Bulletin of the Pasteur Institute of Southern India, Coonoor - No. 3.
Year: 1910
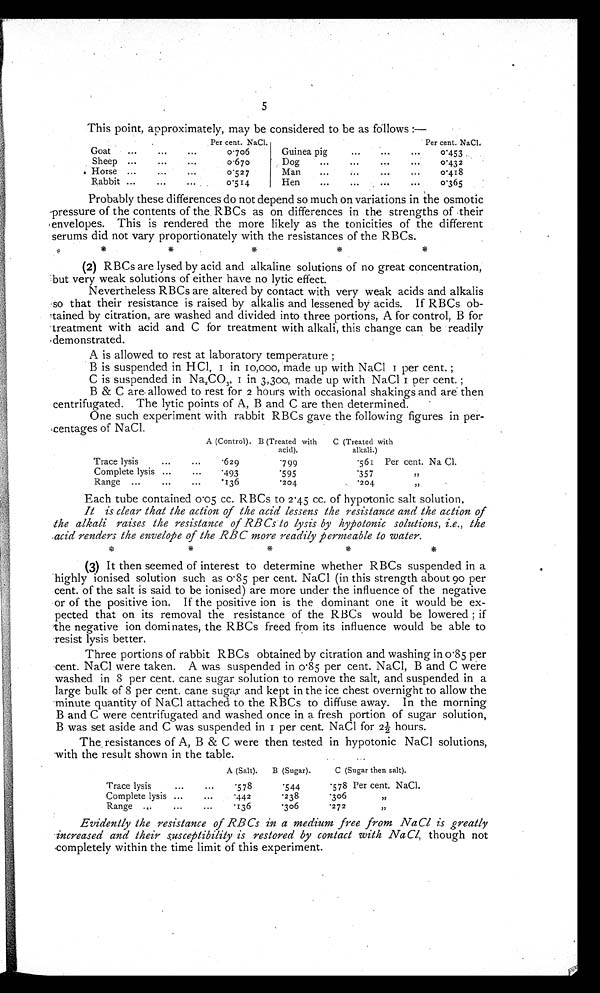
5
This point, approximately, may be considered to be as follows
Per cent. NaC1.
Per cent. NaCl
Goat
0.706
Guinea pig
0.453
Sheep
o.67o
Dog
0.432
Horse
o.527
Man
0.418
Rabbit
0.514
Hen
0.365
Probably these differences do not depend so much on variations in the osmotic
pressure of the contents of the RBCs as on differences in the strengths of their
envelopes. This is rendered the more likely as the tonicities of the different
serums did not vary proportionately with the resistances of the RBCs.
(2) RBCs are lysed by acid and alkaline solutions of no great concentration,
-but very weak solutions of either have no lytic effect.
Nevertheless RBCs are altered by contact with very weak acids and alkalis
so that their resistance is raised by alkalis and lessened by acids. If RBCs
obmined by citration, are washed and divided into three portions, A for control, B for
-treatment with acid and C for treatment with alkali, this change can be readily
demonstrated.
A is allowed to rest at laboratory temperature ;
B is suspended in H Cl, 1 in 10,000, made up with NaC1 1 per cent. ;
C is suspended in Na2CO3, 1 in 3,300, made up with NaC1 1 per cent. ;
B & C are allowed to rest for 2 hours with occasional shakings and are then
centrifugated. The lytic points of A, B and C are then determined.
One such experiment with rabbit RBCs gave the following figures in per-
centages of NaCl.
A (Control). B (Treated with
acid).
C (Treated with
alkali.)
Trace lysis
.629
.799
.561
Per cent Na Cl.
Complete lysis
.493
.595
.357
Range
.136
.204
.204
Each tube contained 0.05 cc. RBCs to 2 .45 cc. of hypotonic salt solution.
It is clear that the action of the acid lessens the resistance and the action of
the alkali raises the resistance of RBCs to lysis by hypotonic solutions, i.e., the
acid renders the envelope of the RBC more readily permeable to water.
(3) It then seemed of interest to determine whether RBCs suspended in a
highly ionised solution such as 0.85 per cent. NaC1 (in this strength about 90 per
cent. of the salt is said to be ionised) are more under the influence of the negative
or of the positive ion. If the positive ion is the dominant one it would be ex-
pected that on its removal the resistance of the RBCs would be lowered ; if
the negative ion dominates, the RBCs freed from its influence would be able to
resist lysis better.
Three portions of rabbit RBCs obtained by citration and washing in o.85 per
cent. NaC1 were taken. A was suspended in 0.85 per cent. NaC1, B and C we're
washed in 8 per cent. cane sugar solution to remove the salt, and suspended in a
large bulk of 8 per cent. cane sugar and kept in the ice chest overnight to allow the
.minute quantity of NaC1 attached to the RBCs to diffuse away. In the morning
B and C were centrifugated and washed once in a fresh portion of sugar solution,
B was set aside and C was suspended in 1 per cent. NaC1 for 2½ hours.
The , resistances of A, B & C were then tested in hypotonic NaC1 solutions,
.with the result shown in the table.
A (Salt).
B (Sugar).
C (Sugar then salt).
Trace lysis
...
...
.578
.544
.578 Per cent. NaCl
Complete lysis ...
...
.442
.238
.306 ,.,
Range .,.
...
...
.136
.306
.272
Evidently the resistance of RBCs in a medium free from NaC1 is (greatly
increased and their susceptibility is restored by contact with NaCl, though not
completely within the time limit of this experiment.